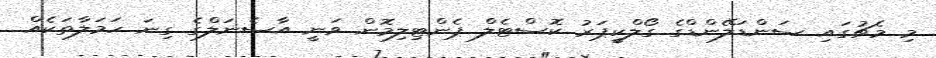
މި މެޗުގައި ސަންޑަލޭންޑްގެ ގޯލްކީޕަރު ކޮސްޓެލް ޕެންޓިލިމޮން ވަނީ އާސެނަލްގެ ގިނަ ހަމަލާތަކެއް